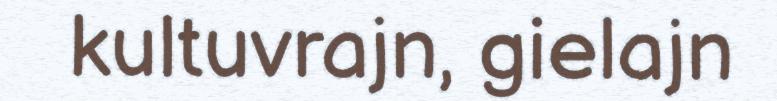
kultuvrajn, gielajn